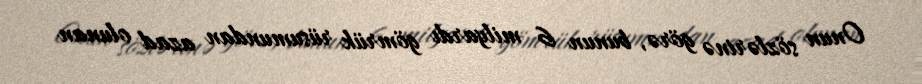
Onun sözlərinə görə, bunun 6 milyardı gömrük rüsumundan azad olunan